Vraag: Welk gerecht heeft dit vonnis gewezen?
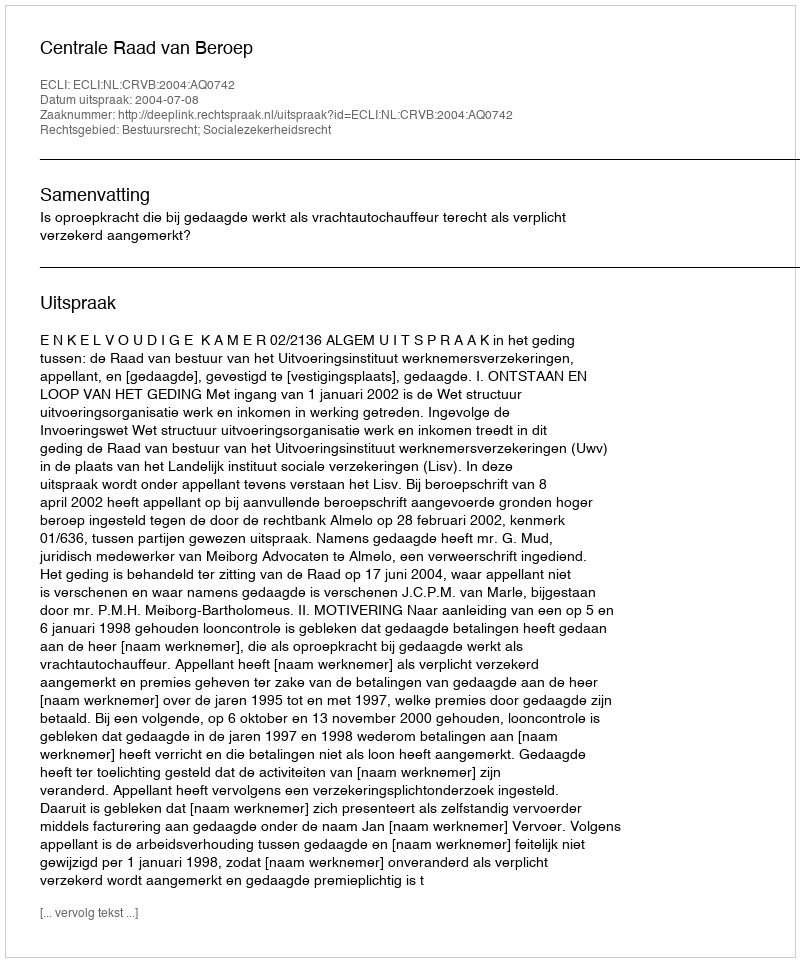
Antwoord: Centrale Raad van Beroep